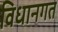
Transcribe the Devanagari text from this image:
विधानगत